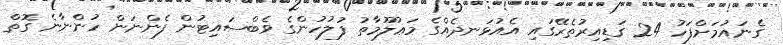
ގެނައުމަށްފަހު 24 ގަޑިއިރުތެރޭގައި އެއުޅަނދެއްގެ މަޢުލޫމާތު ފުލުހުންގެ ވެބްސައިޓުން ފެންނަން ހުންނާނެ ގޮތް